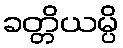
ခတ္တိယမ္ပိ